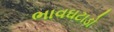
ભાવઘટાડો